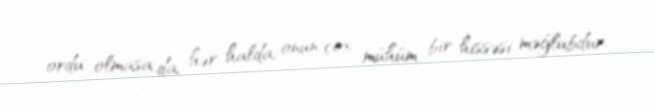
ordu olmasa da, hər halda, onun çox mühüm bir hissəsi məğlubdur.